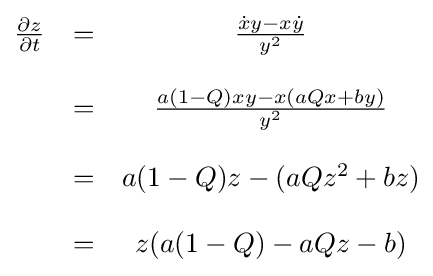
{\begin{matrix}{\frac {\partial z}{\partial t}}&=&{\frac {{\dot {x}}y-x{\dot {y}}}{y^{2}}}\\&&\\&=&{\frac {a(1-Q)xy-x(aQx+by)}{y^{2}}}\\&&\\&=&a(1-Q)z-(aQz^{2}+bz)\\&&\\&=&z(a(1-Q)-aQz-b)\\\end{matrix}}